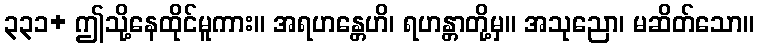
၃၃၁+ ဤသို့နေထိုင်မူကား။ အရဟန္တေဟိ၊ ရဟန္တာတို့မှ။ အသုညော၊ မဆိတ်သော။